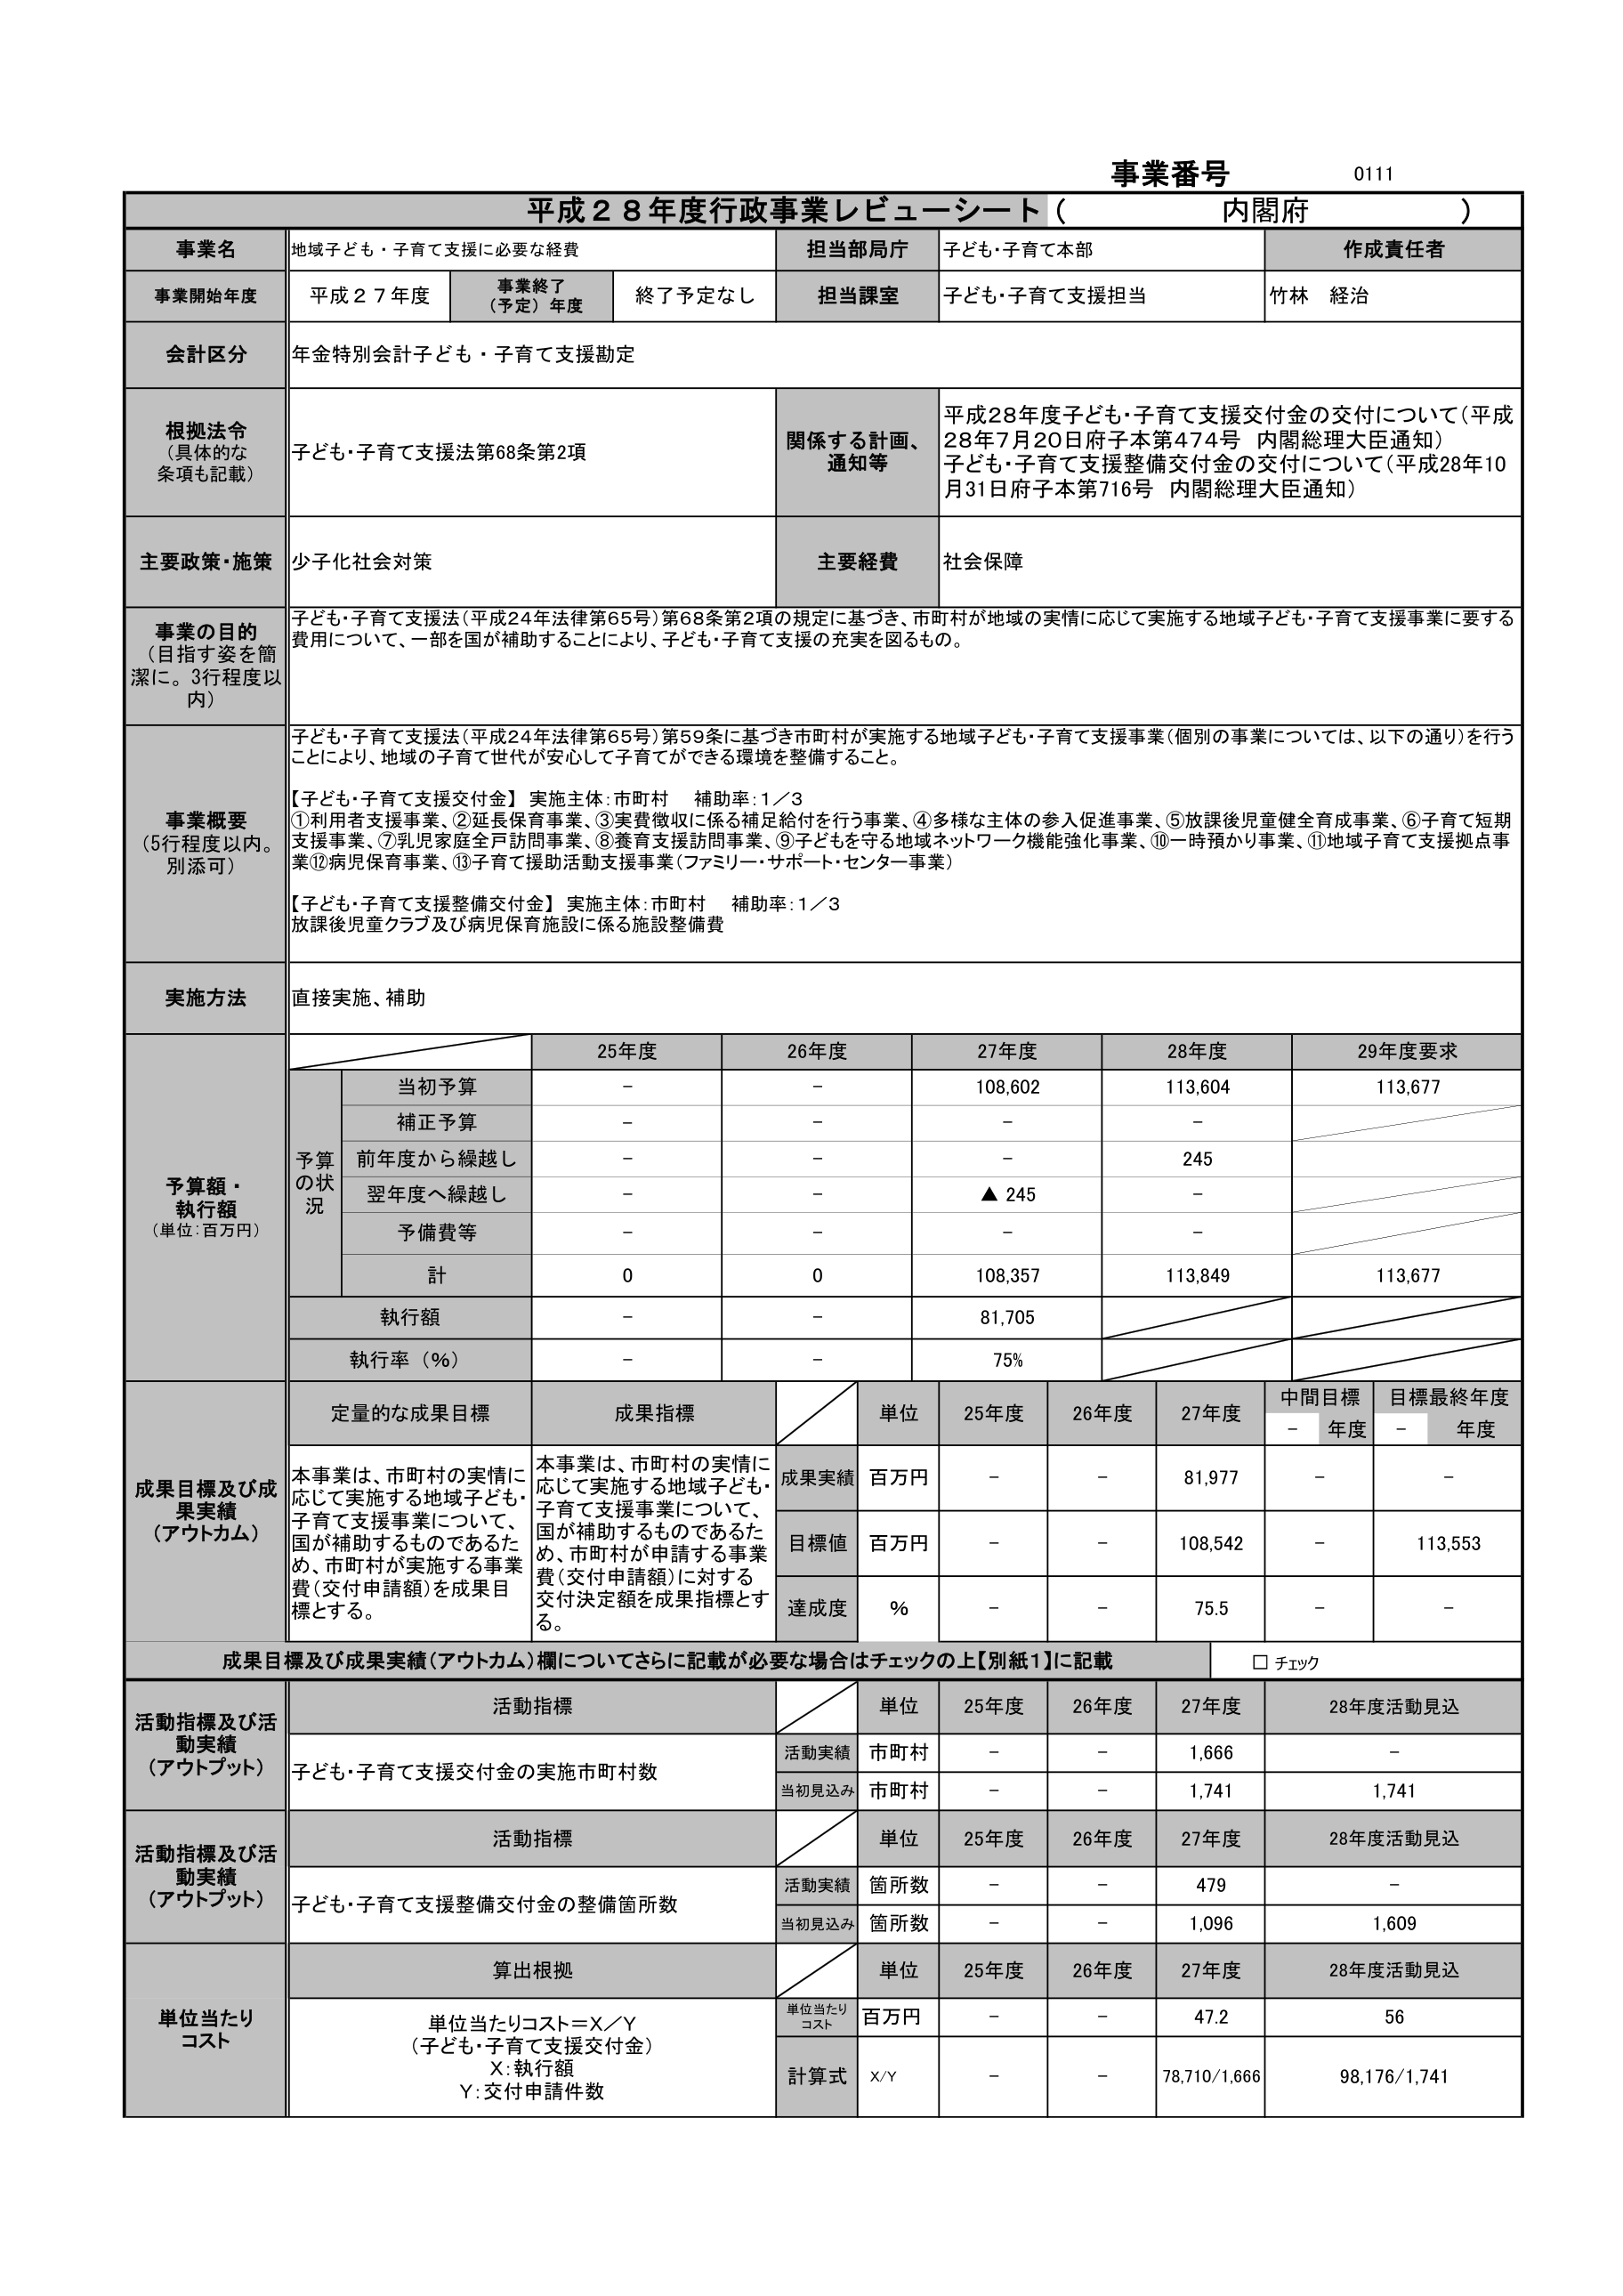
事業番号 0111
平成２８年度行政事業レビューーシート（内閣府）

事業名 地域子ども・子育て支援に必要な経費
担当部局庁 子ども・子育て本部
作成責任者 竹林 経治

事業開始年度 平成２７年度
事業終了（予定）年度 終了予定なし
担当課室 子ども・子育て支援担当

会計区分 年金特別会計子ども・子育て支援勘定

根拠法令（具体的な条項も記載）
子ども・子育て支援法第68条第2項
関係する計画、通知等
平成28年度子ども・子育て支援交付金の交付について（平成28年7月20日府子本第474号 内閣総理大臣通知）
子ども・子育て支援整備交付金の交付について（平成28年10月31日府子本第716号 内閣総理大臣通知）

主要政策・施策 少子化社会対策
主要経費 社会保障

事業の目的（目指す姿を簡潔に。3行程度以内）
子ども・子育て支援法（平成24年法律第65号）第68条第2項の規定に基づき、市町村が地域の実情に応じて実施する地域子ども・子育て支援事業に要する費用について、一部を国が補助することにより、子ども・子育て支援の充実を図るもの。

事業概要（5行程度以内。別添可）
子ども・子育て支援法（平成24年法律第65号）第59条に基づき市町村が実施する地域子ども・子育て支援事業（個別の事業については、以下の通り）を行うことにより、地域の子育て世代が安心して子育てができる環境を整備すること。
【子ども・子育て支援交付金】実施主体：市町村 補助率：1／3
①利用者支援事業、②延長保育事業、③実費徴収に係る補足給付を行う事業、④多様な主体の参入促進事業、⑤放課後児童健全育成事業、⑥子育て短期支援事業、⑦乳児家庭全戸訪問事業、⑧養育支援訪問事業、⑨子どもを守る地域ネットワーク機能強化事業、⑩一時預かり事業、⑪地域子育て支援拠点事業⑫病児保育事業、⑬子育て援助活動支援事業（ファミリー・サポート・センター事業）
【子ども・子育て支援整備交付金】実施主体：市町村 補助率：1／3
放課後児童クラブ及び病児保育施設に係る施設整備費

実施方法 直接実施、補助

予算額・執行額（単位：百万円）